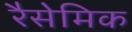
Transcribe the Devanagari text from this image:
रैसेमिक